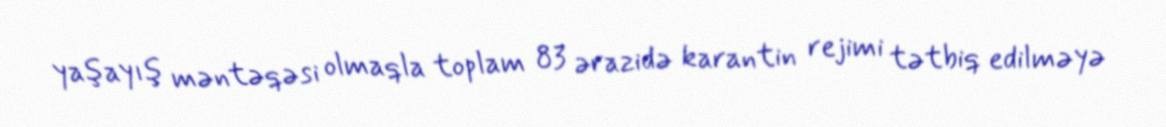
yaşayış məntəqəsi olmaqla toplam 83 ərazidə karantin rejimi tətbiq edilməyə